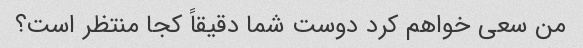
من سعی خواهم کرد دوست شما دقیقاً کجا منتظر است؟